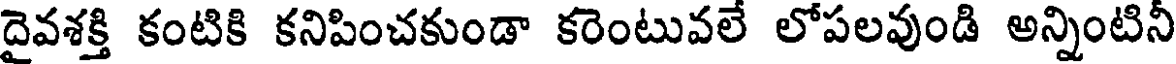
దైవశక్తి కంటికి కనిపించకుండా కరెంటువలే లోపలవుండి అన్నింటినీ